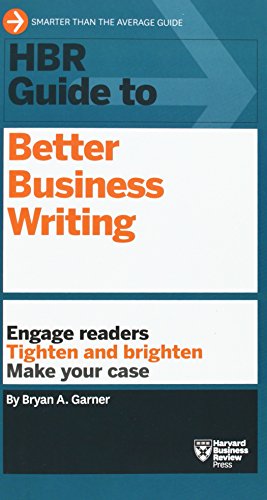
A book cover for HBR Guide to Better Business Writing (HBR Guide Series); Bryan A. Garner; Business & Money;